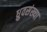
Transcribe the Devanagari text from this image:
ध्रुवसंख्या